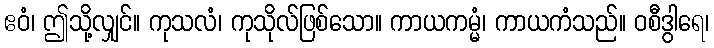
ဧဝံ၊ ဤသို့လျှင်။ ကုသလံ၊ ကုသိုလ်ဖြစ်သော။ ကာယကမ္မံ၊ ကာယကံသည်။ ဝစီဒွါရေ၊